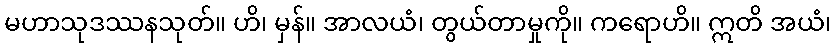
မဟာသုဒဿနသုတ်။ ဟိ၊ မှန်။ အာလယံ၊ တွယ်တာမှုကို။ ကရောဟိ။ ဣတိ အယံ၊